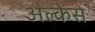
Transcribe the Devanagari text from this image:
अल्केस